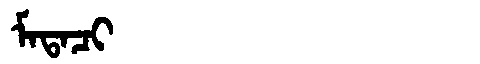
Manchu: ᠮᠠᡨᠠᠴᡳ
Romanization: MATACI